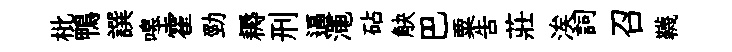
枇鴨譔嗥霍勁耨刑逼澠砧觖巴粟吿莊涘詞召韈